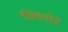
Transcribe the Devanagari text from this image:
जिकरीने